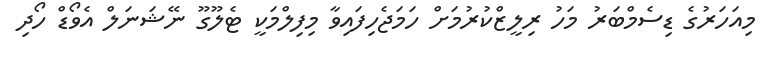
މިއަހަރުގެ ޑިސެމްބަރު މަހު ރިލީޒްކުރުމަށް ހަމަޖެހިފައިވާ މިފިލްމަކީ ޓެލޫގޫ ނޭޝަނަލް އެވޯޑް ހޯދި